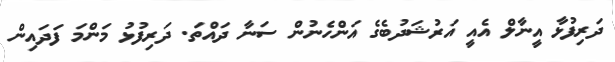
ދަރިފުޅާ އީނާލް އެއީ އަރުޝަދުބެގެ އަންހެނުން ސަނާ ދައްތަ. ދަރިފުޅު މަންމަ ފަދައިން